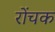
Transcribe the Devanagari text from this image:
रोंचक